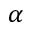
\alpha